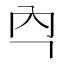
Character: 𭀻